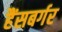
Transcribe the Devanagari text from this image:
हैंसबर्गर